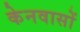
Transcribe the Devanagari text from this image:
केनवासों